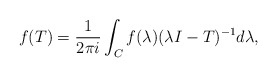
\begin{align*}f(T)=\frac{1}{2{\pi}i}\int_{C}f(\lambda)({\lambda}I-T)^{-1}d\lambda,\end{align*}